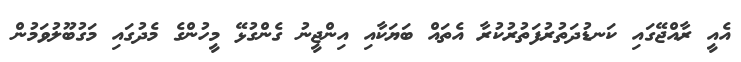
އެއީ ރާއްޖޭގައި ކަނޑުދަތުރުފަތުރުކުރާ އެތައް ބަޔަކާއި އިންޖީނު ގެންގުޅޭ މީހުންގެ މެދުގައި މަގުބޫލުވަމުން